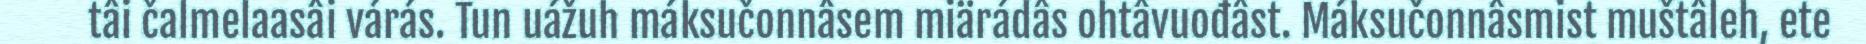
tâi čalmelaasâi várás. Tun uážuh máksučonnâsem miärádâs ohtâvuođâst. Máksučonnâsmist muštâleh, ete